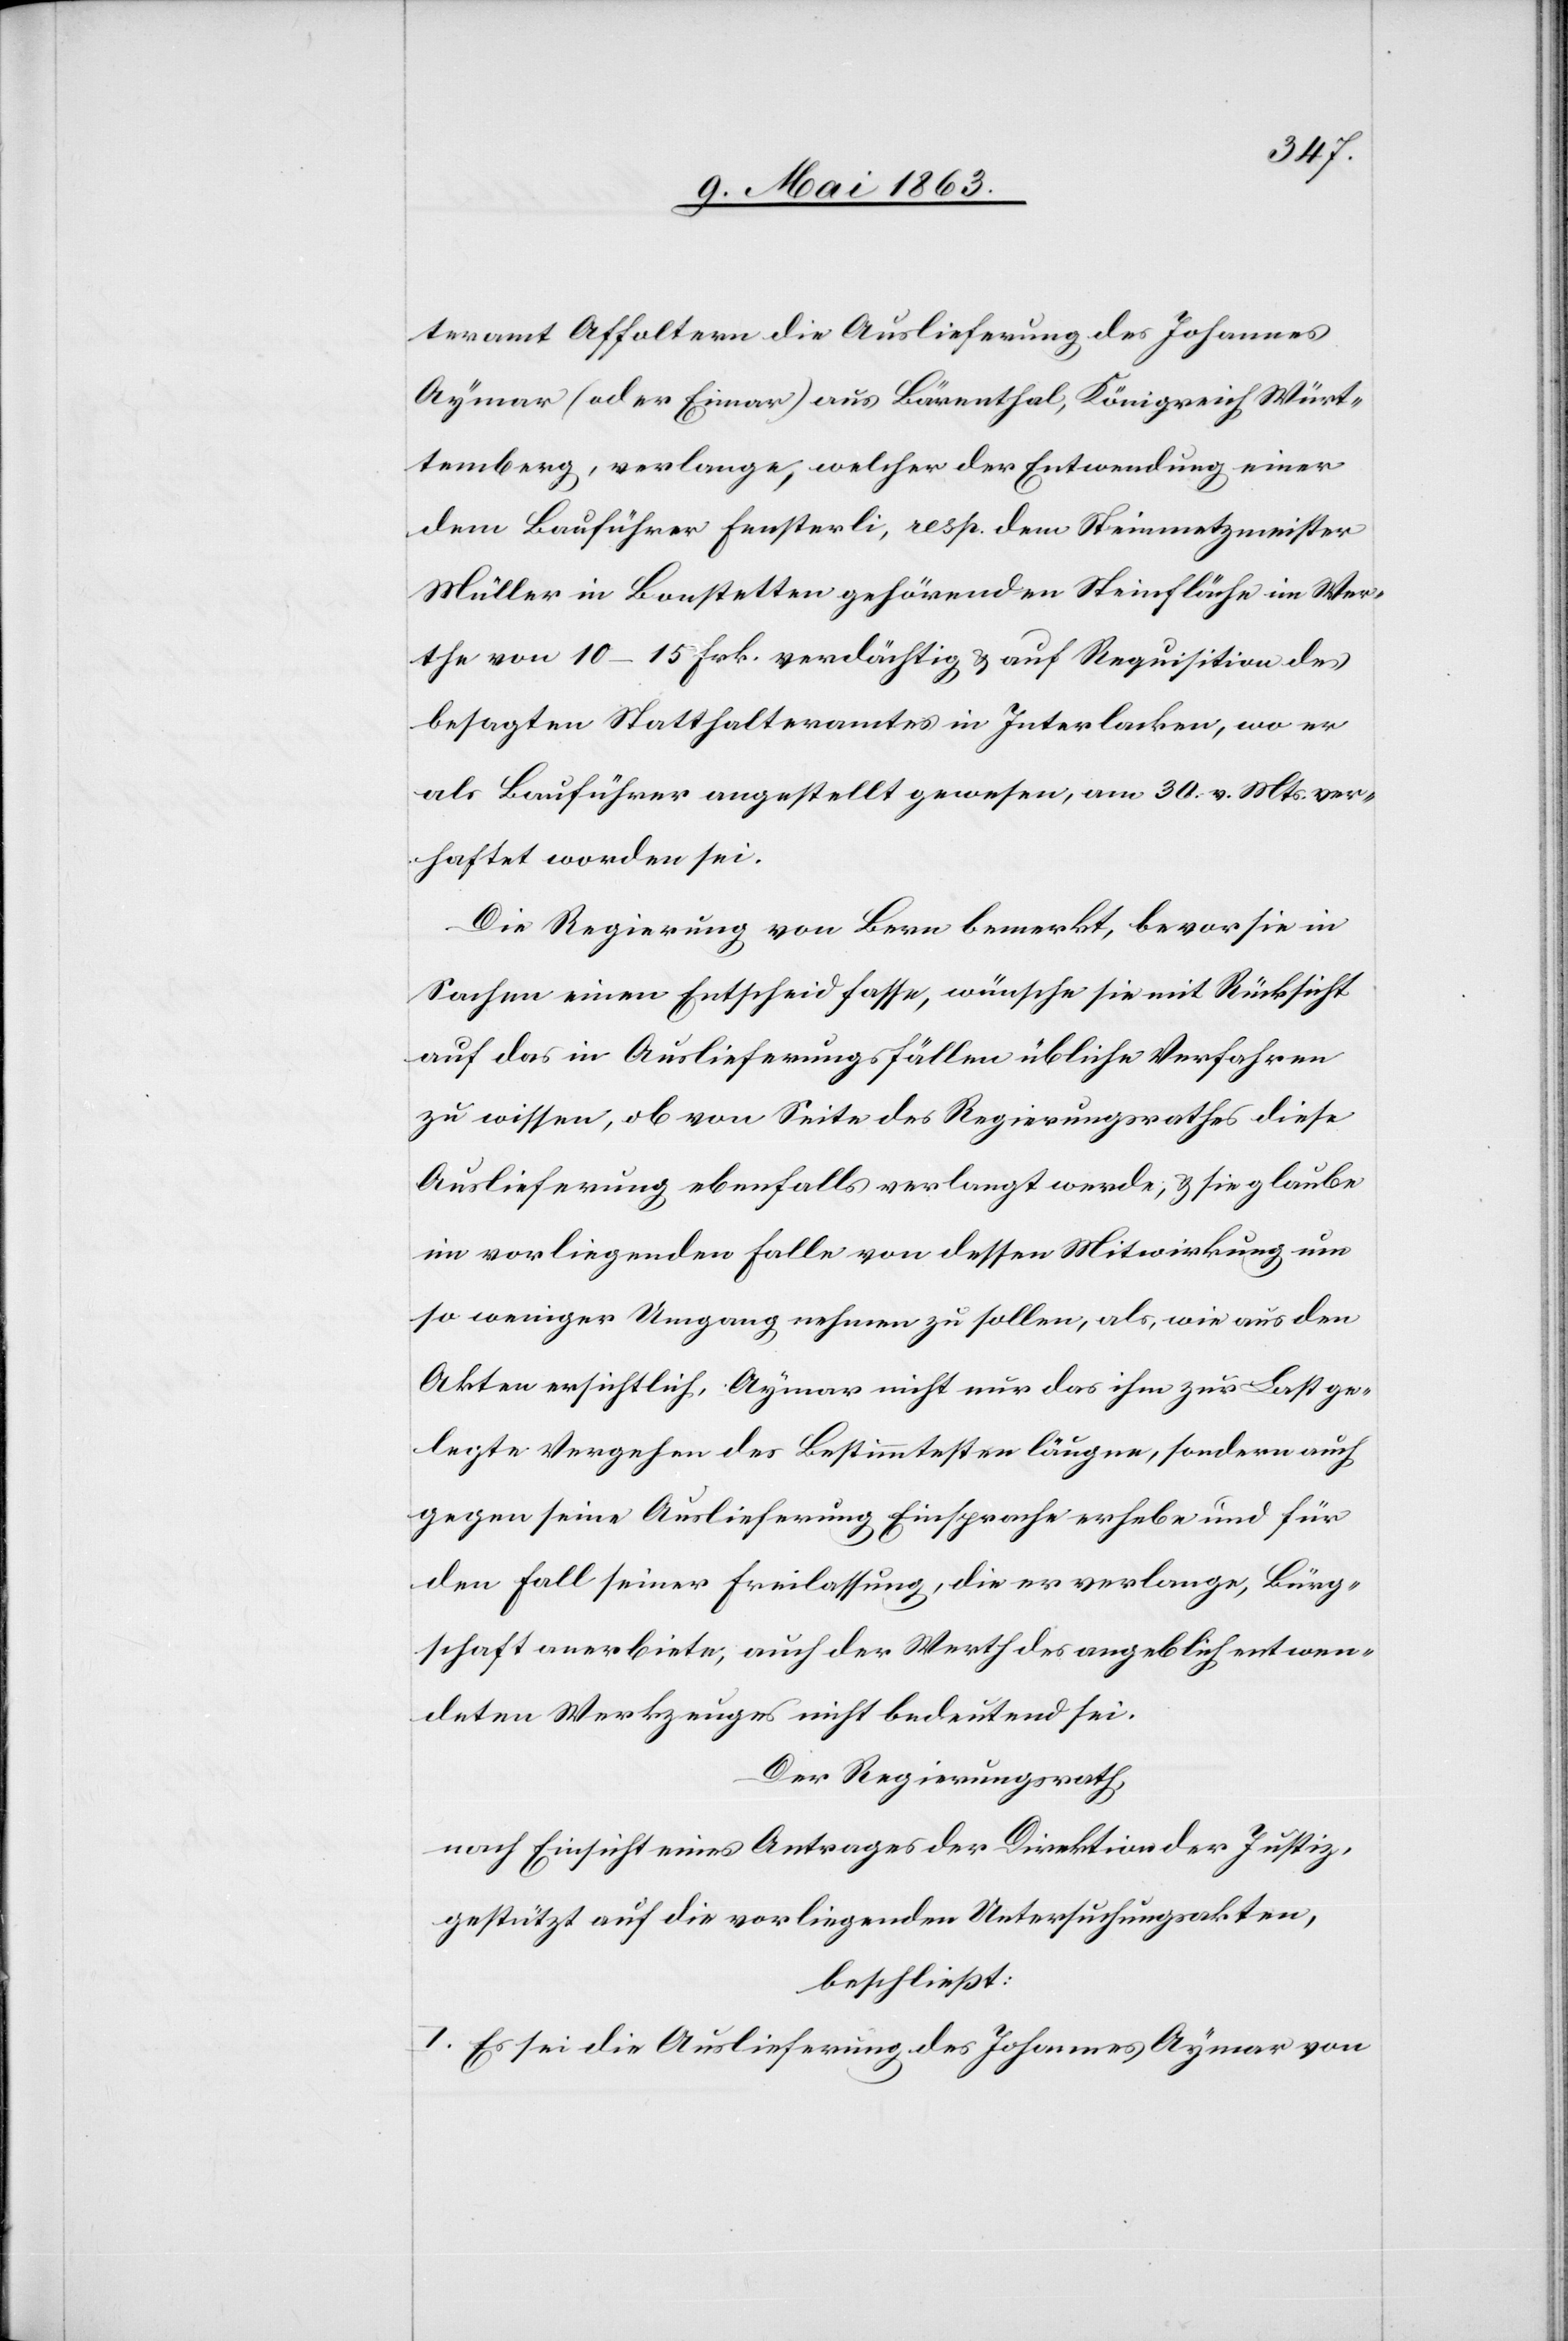
teramt Affoltern die Auslieferung des Johannes
Aymar (oder Eimar) aus Bärenthal, Königreich Würt¬
temberg, verlange, welcher der Entwendung einer
dem Bauführer Fensterli, resp. dem Steinmetzmeister
Müller in Bonstetten gehörenden Steinfläche im Wer¬
the von 10–15 Frk. verdächtig & auf Requisition des
besagten Statthalteramtes in Interlacken, wo er
als Bauführer angestellt gewesen, am 30. v. Mts. ver¬
haftet worden sei.
Die Regierung von Bern bemerkt, bevor sie in
Sachen einen Entscheid fasse, wünsche sie mit Rücksicht
auf das in Auslieferungsfällen übliche Verfahren
zu wissen, ob von Seite des Regierungsrathes diese
Auslieferung ebenfalls verlangt werde; & sie glaube
im vorliegenden Falle von dessen Mitwirkung um
so weniger Umgang nehmen zu sollen, als, wie aus den
Akten ersichtlich, Aymar nicht nur das ihm zur Last ge¬
legte Vergehen des Bestimmtesten läugne, sondern auch
gegen seine Auslieferung Einsprache erhebe und für
den Fall seiner Freilassung, die er verlange, Bürg¬
schaft anerbiete, auch der Werth des angeblich entwen¬
deten Werkzeuges nicht bedeutend sei.
Der Regierungsrath,
nach Einsicht eines Antrages der Direktion der Justiz,
gestützt auf die vorliegenden Untersuchungsakten,
beschließt:
I. Es sei die Auslieferung des Johannes Aymar von